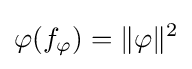
\varphi (f_{\varphi })=\|\varphi \|^{2}